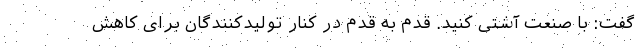
گفت: با صنعت آشتی کنید. قدم به قدم در کنار تولیدکنندگان برای کاهش